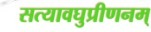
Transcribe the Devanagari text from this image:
सत्यावघुप्रीणनम्